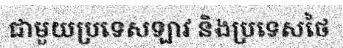
ជាមួយប្រទេសឡាវ និងប្រទេសថៃ